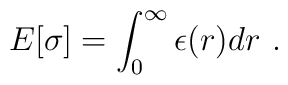
E[\sigma] = \int_0^\infty \epsilon(r) dr \,\,.